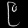
Digit: ၉